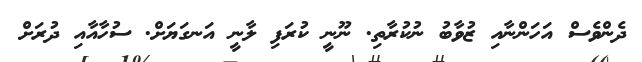
ދެންވެސް އަހަންނާއި ޒުވާބު ނުކުރާތި. ނޫނީ ކުރަފި ލާނީ އަނގަޔަށް. ސުހާއާއި ދުރަށް